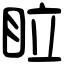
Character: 𥅈